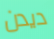
ديدن